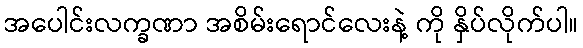
အပေါင်းလက္ခဏာ အစိမ်းရောင်လေးနဲ့ ကို နှိပ်လိုက်ပါ။